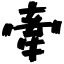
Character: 牽